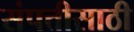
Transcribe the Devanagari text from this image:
संपत्तीसाठी